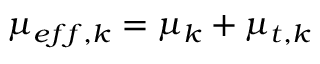
\mu _ { e f f , k } = \mu _ { k } + \mu _ { t , k }